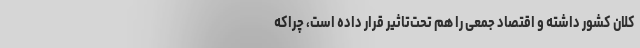
کلان کشور داشته و اقتصاد جمعی را هم تحت‌تاثیر قرار داده است، چراکه